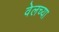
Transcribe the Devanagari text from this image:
वेलच्या